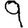
Digit: 9